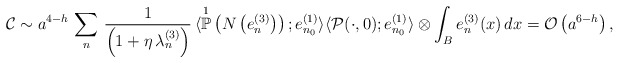
\begin{align*}\mathcal{C} \sim a^{4-h} \, \sum_{n} \, \frac{1}{\left( 1 + \eta \, \lambda_{n}^{(3)} \right)} \, \langle \overset{1}{\mathbb{P}}\left(N\left(e_{n}^{(3)}\right)\right) ; e^{(1)}_{n_{0}} \rangle \langle \mathcal{P}(\cdot,0); e^{(1)}_{n_0} \rangle \otimes \int_{B} e^{(3)}_{n}(x) \, dx = \mathcal{O}\left( a^{6-h} \right),\end{align*}